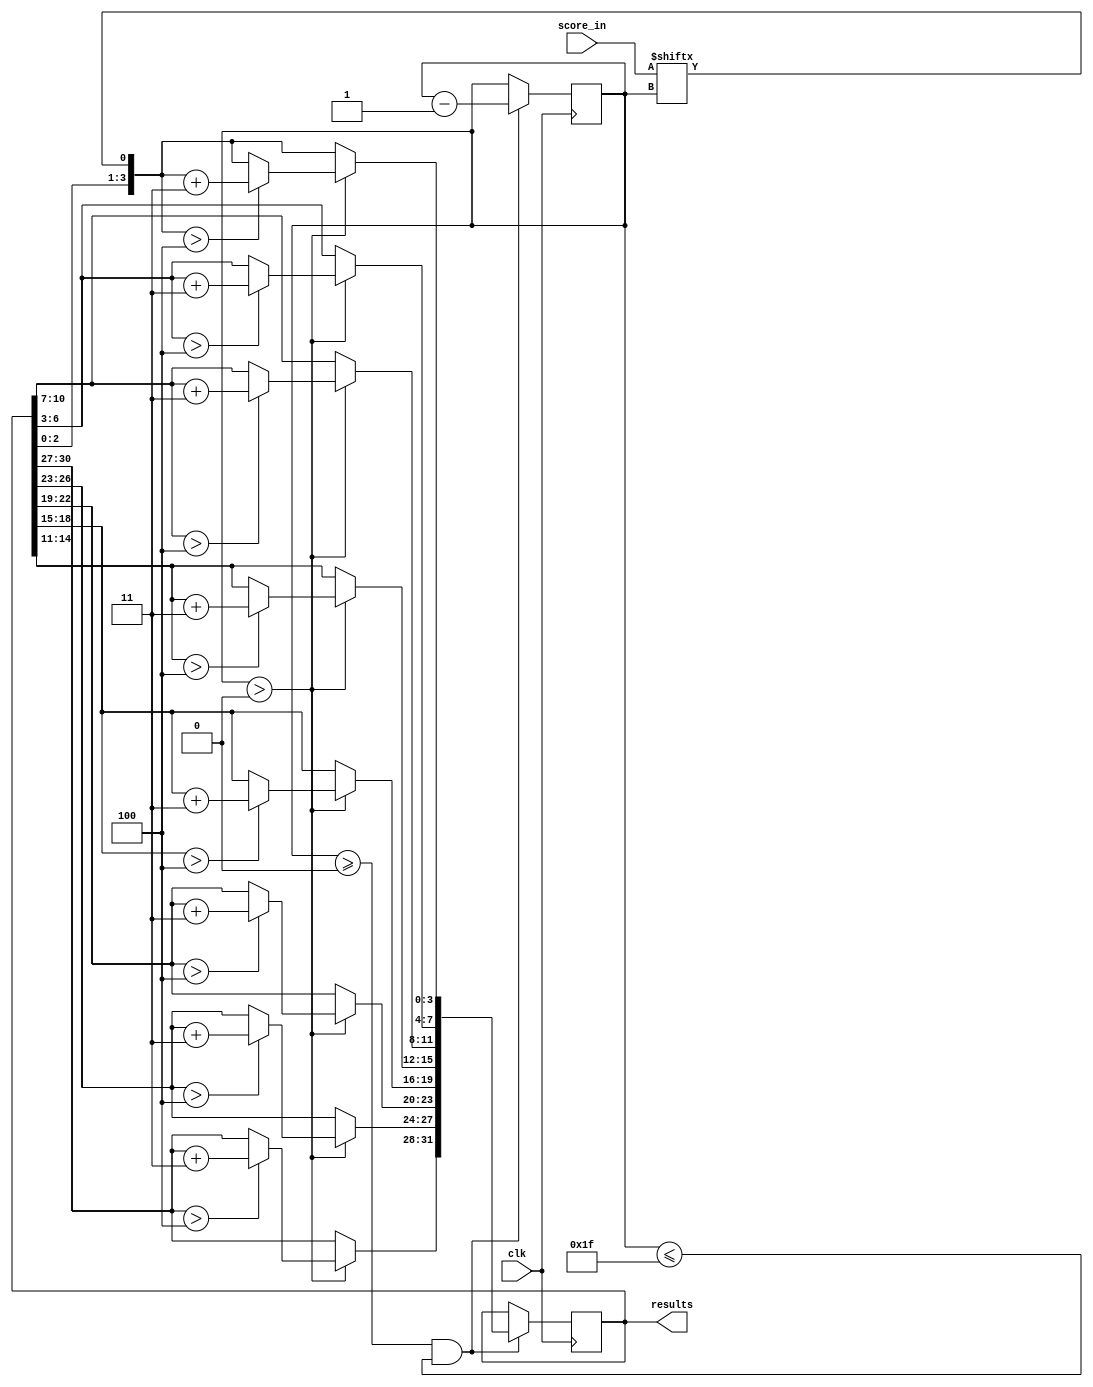
`timescale 1ns / 1ps
//////////////////////////////////////////////////////////////////////////////////
// Company: 
// Engineer: 
// 
// Design Name: 
// Module Name:    Binaryto16 
// Project Name: 
// Target Devices: 
// Tool versions: 
// Description: 
//
// Dependencies: 
//
// Revision: 
// Revision 0.01 - File Created
// Additional Comments: 
//
//////////////////////////////////////////////////////////////////////////////////

module Binaryto16(
    input [31:0] score_in,
 	 input clk,
	 output wire [31:0] results
     );
	  
	reg [31:0] ShiftReg;
	reg [5:0]  count31 = 31;
	initial ShiftReg = 32'b0;
	
	  
	
//	always (posedge clk)  
//  if(count31 >= 0 && count31 <= 31)
//           begin
//             count31 <= count31 - 1'b1;      
//           end
//          else
//             count31 <= 32;
//    end
 
  
  
  always @(posedge clk)
  begin
    if(count31 >= 0 && count31 <= 31)
	   begin 
		  count31 <= count31 - 1'b1;
		end
	 else 
	     count31 <= count31;
  end
 
  
  
  
     always @(posedge clk)
     begin
         //for(i = 31; i >= 0; i = i - 1)
          if(count31 >= 0 && count31 <= 31)
         begin
              // shift left 
             ShiftReg = (ShiftReg << 1);
             ShiftReg[0] = score_in[count31];
              //adjust by add 3
				  
			  if(count31>0)
			  begin
				   if(ShiftReg[31:28] > 4)
                  ShiftReg[31:28] = ShiftReg[31:28] + 2'd3;
              else
                  ShiftReg[31:28] = ShiftReg[31:28];
				  
				  
						
				  if(ShiftReg[27:24] > 4)
                  ShiftReg[27:24] = ShiftReg[27:24] + 2'd3;
              else
                  ShiftReg[27:24] = ShiftReg[27:24];
				  
		
						
						
				  if(ShiftReg[23:20] > 4)
                  ShiftReg[23:20] = ShiftReg[23:20] + 2'd3;
              else
                  ShiftReg[23:20] = ShiftReg[23:20];
						
						
						
				  if(ShiftReg[19:16] > 4)
                  ShiftReg[19:16] = ShiftReg[19:16] + 2'd3;
              else
                  ShiftReg[19:16] = ShiftReg[19:16];
						
              if(ShiftReg[15:12] > 4)
                  ShiftReg[15:12] = ShiftReg[15:12] + 2'd3;
              else
                  ShiftReg[15:12] = ShiftReg[15:12];
              
              if(ShiftReg[11:8] > 4)
                  ShiftReg[11:8] = ShiftReg[11:8] + 2'd3;
              else
                  ShiftReg[11:8] = ShiftReg[11:8];            
         
              if(ShiftReg[7:4] > 4)
                  ShiftReg[7:4] = ShiftReg[7:4] + 2'd3;
              else
                  ShiftReg[7:4] = ShiftReg[7:4];
          
              if(ShiftReg[3:0] > 4)
                  ShiftReg[3:0] = ShiftReg[3:0] + 2'd3;
              else
                  ShiftReg[3:0] = ShiftReg[3:0]; 
             end						
          end
         
          else
              ShiftReg = ShiftReg;
        end
		  
		  
		  
		  
        assign results = ShiftReg;
   
          
  endmodule